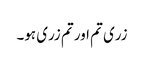
زری تم اور تم زری ہو۔